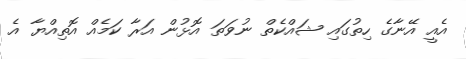
އެއީ އޭނާގެ ހިތުގައި ޝައްކެތް ނުވަތަ އޮޅުން އަރާ ކަމެއް އޮތިއްޔާ އެ